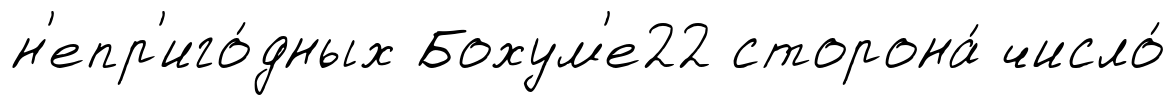
н'епр'иго́дных Бохум'е22 сторона́ число́